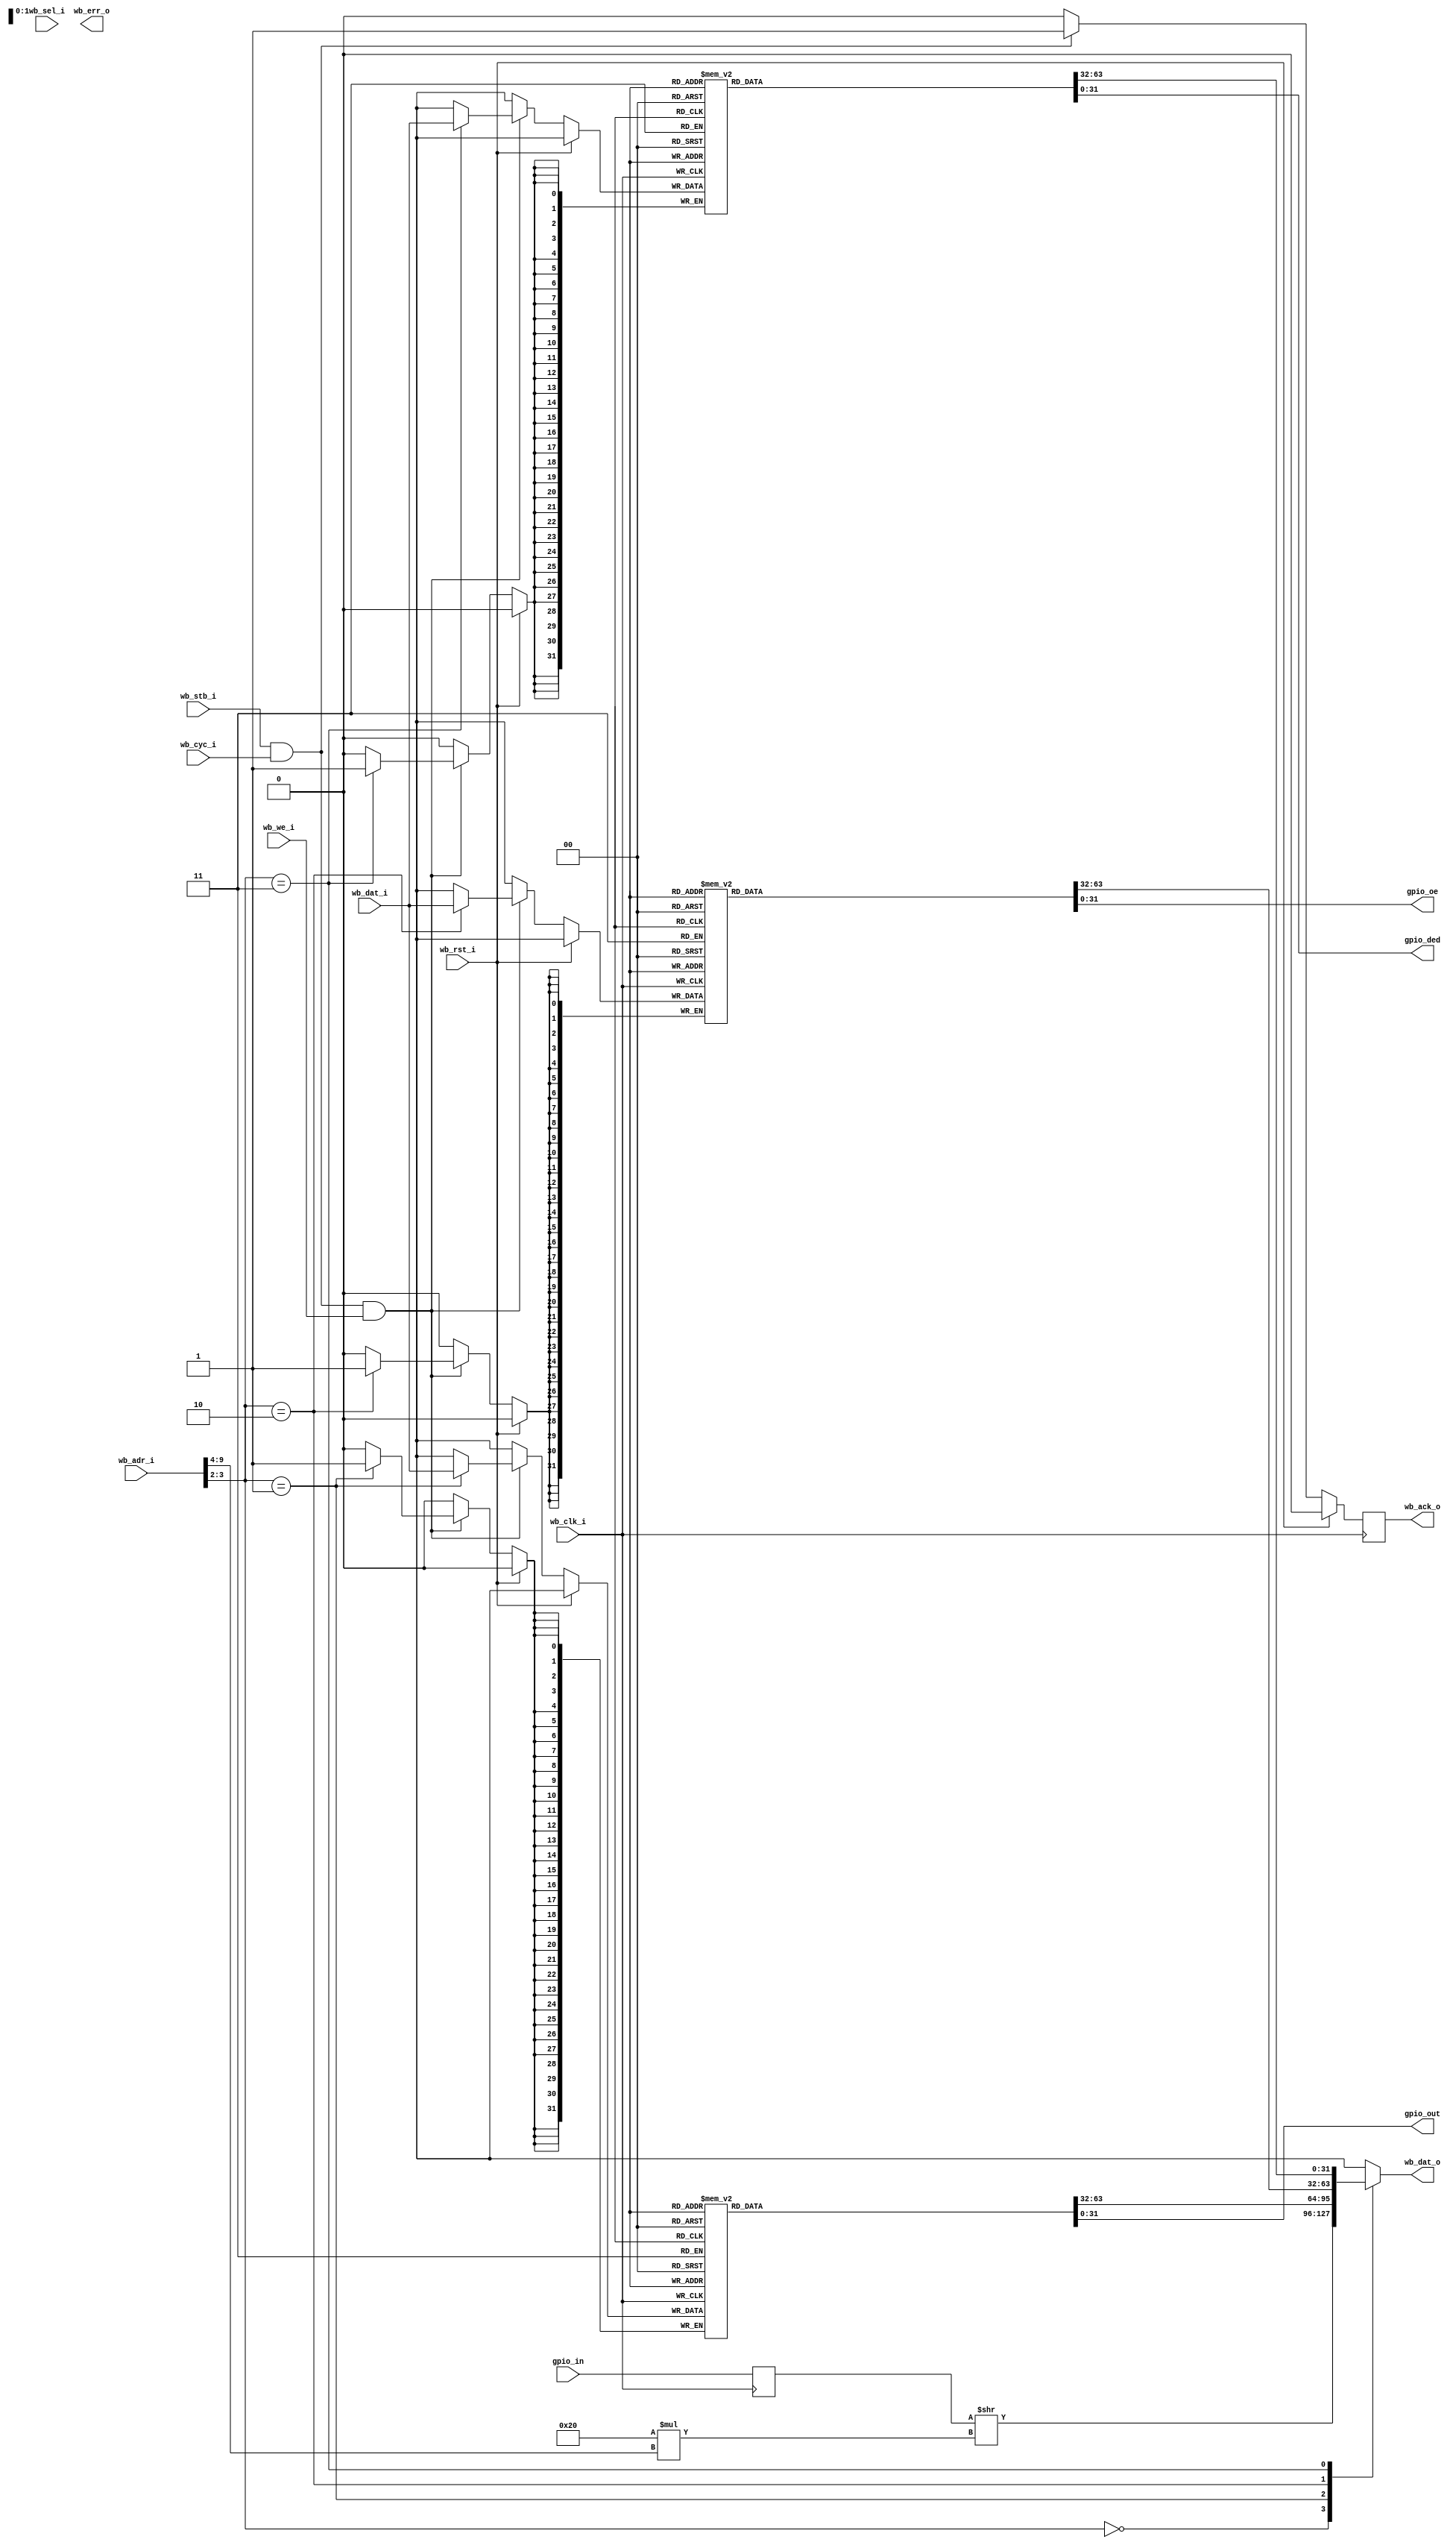
module gpio_controller #(
    parameter COUNT = 32
  ) (
    input         wb_clk_i,
    input         wb_rst_i,
    input         wb_cyc_i,
    input         wb_stb_i,
    input         wb_we_i,
    input   [3:0] wb_sel_i,
    input  [31:0] wb_adr_i,
    input  [31:0] wb_dat_i,
    output [31:0] wb_dat_o,
    output        wb_ack_o,
    output        wb_err_o,

    output  [COUNT-1:0] gpio_out,
    input   [COUNT-1:0] gpio_in,
    output  [COUNT-1:0] gpio_oe,
    output  [COUNT-1:0] gpio_ded
  );

  localparam NUM_REGS = (COUNT + 31) /32;

  wire [5:0] selected_reg = wb_adr_i[9:4];
  wire [1:0] selected_function = wb_adr_i[3:2];

  reg wb_ack_reg;
  assign wb_ack_o = wb_ack_reg;

  always @(posedge wb_clk_i) begin
    wb_ack_reg <= 1'b0;
    if (wb_rst_i) begin
    end else begin
      if (wb_stb_i && wb_cyc_i) begin
        wb_ack_reg <= 1'b1;
      end
    end
  end

  reg [31:0] wb_dat_o_reg;
  assign wb_dat_o = wb_dat_o_reg;

  reg [COUNT-1:0] gpio_in_reg;
  always @(posedge wb_clk_i) begin
    gpio_in_reg <= gpio_in;
  end

  wire [COUNT-1:0] gpio_in_val = (gpio_in_reg >> (32*selected_reg));

  reg [31:0] gpio_out_arr [0:NUM_REGS-1];
  reg [31:0] gpio_oe_arr  [0:NUM_REGS-1];
  reg [31:0] gpio_ded_arr [0:NUM_REGS-1];

  always @(*) begin
    case (selected_function)
      2'd0: wb_dat_o_reg <= gpio_in_val;
      2'd1: wb_dat_o_reg <= gpio_out_arr[selected_reg];
      2'd2: wb_dat_o_reg <= gpio_oe_arr[selected_reg];
      2'd3: wb_dat_o_reg <= gpio_ded_arr[selected_reg];
      default:
            wb_dat_o_reg <= 32'b0;
    endcase
  end

  always @(posedge wb_clk_i) begin
    if (wb_rst_i) begin
    end else begin
      if (wb_stb_i && wb_cyc_i && wb_we_i) begin
        case (selected_function)
          2'd1: gpio_out_arr[selected_reg] <= wb_dat_i;
          2'd2: gpio_oe_arr[selected_reg] <= wb_dat_i;
          2'd3: gpio_ded_arr[selected_reg] <= wb_dat_i;
        endcase
      end
    end
  end

  wire [NUM_REGS*32-1:0] gpio_out_int;
  wire [NUM_REGS*32-1:0] gpio_oe_int;
  wire [NUM_REGS*32-1:0] gpio_ded_int;
  
  genvar geni;
generate for (geni = 0; geni < NUM_REGS; geni = geni+1) begin : gen_arr_assign
  assign gpio_out_int[(geni+1)*32-1:geni*32] = gpio_out_arr[geni];
  assign gpio_oe_int[(geni+1)*32-1:geni*32] = gpio_oe_arr[geni];
  assign gpio_ded_int[(geni+1)*32-1:geni*32] = gpio_ded_arr[geni];
end endgenerate

  assign gpio_out = gpio_out_int[COUNT-1:0];
  assign gpio_oe  = gpio_oe_int[COUNT-1:0];
  assign gpio_ded = gpio_ded_int[COUNT-1:0];

endmodule